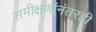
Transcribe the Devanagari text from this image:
समीक्षणांनंतरही